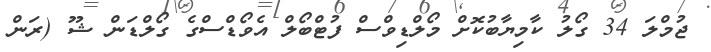
ޖުމްލަ 34 ގޯލު ކާމިޔާބުކޮށް މޯލްޑިވްސް ފުޓްބޯލް އެވޯޑްސްގެ ގޯލްޑަން ޝޫ (ރަން